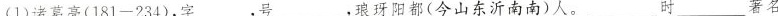
(1)诸葛亮(181-234)，字___，号___，琅阳都(今山东沂南南)人。___时___著名